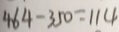
4 6 4 - 3 5 0 = 1 1 4